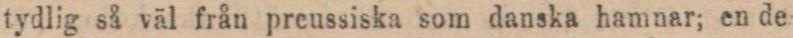
tydlig så väl från preussiska som danska hamnar; en de-